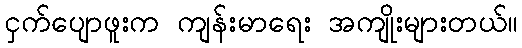
ငှက်ပျောဖူးက ကျန်းမာရေး အကျိုးများတယ်။